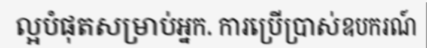
ល្អបំផុតសម្រាប់អ្នក. ការប្រើប្រាស់ឧបករណ៍